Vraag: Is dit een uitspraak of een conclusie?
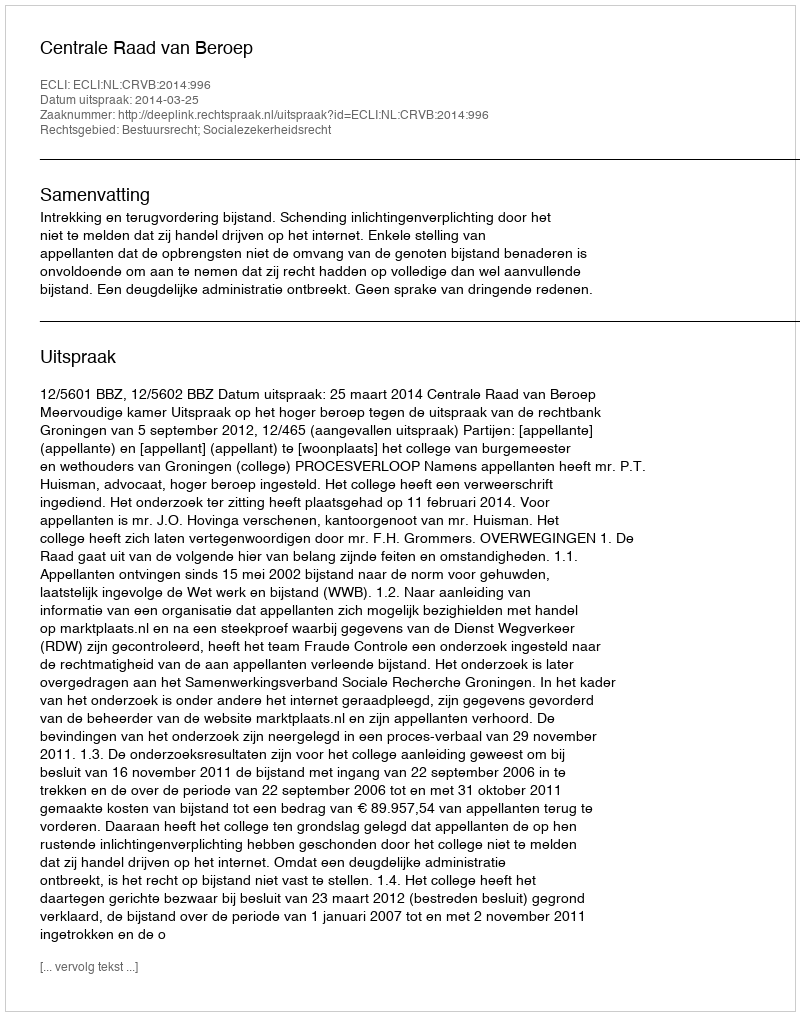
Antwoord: Uitspraak